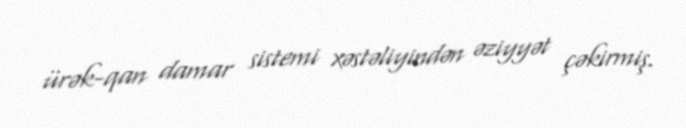
ürək-qan damar sistemi xəstəliyindən əziyyət çəkirmiş.